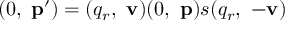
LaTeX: ( 0 , \ \mathbf { p } ^ { \prime } ) = ( q _ { r } , \ \mathbf { v } ) ( 0 , \ \mathbf { p } ) s ( q _ { r } , \ - \mathbf { v } )